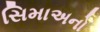
સિમાઅનો